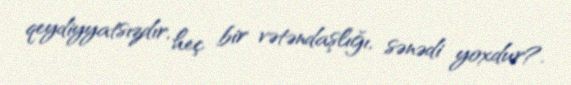
qeydiyyatsızdır, heç bir vətəndaşlığı, sənədi yoxdur?.